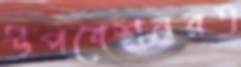
উপবেশনরত